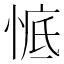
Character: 𱞧